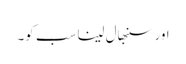
اور سنبھال لینا سب کو۔